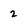
Character: 2